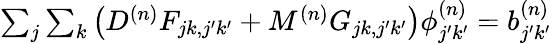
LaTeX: \begin{array}{r}{\sum_{j}\sum_{k}\left(D^{(n)}F_{jk,j^{\prime}k^{\prime}}+M^{(n)}G_{jk,j^{\prime}k^{\prime}}\right)\phi_{j^{\prime}k^{\prime}}^{(n)}=b_{j^{\prime}k^{\prime}}^{(n)}}\end{array}